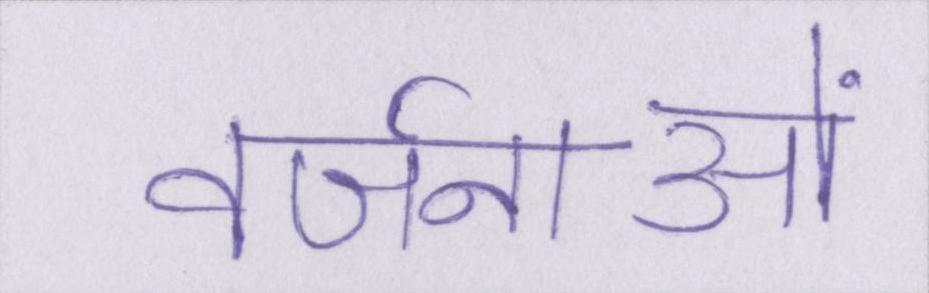
वर्जनाओं